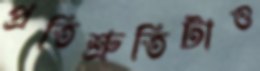
প্রতিশ্রুতিটাও